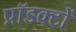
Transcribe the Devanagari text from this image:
प्रॉडक्टों